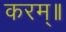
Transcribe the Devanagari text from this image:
करम्॥